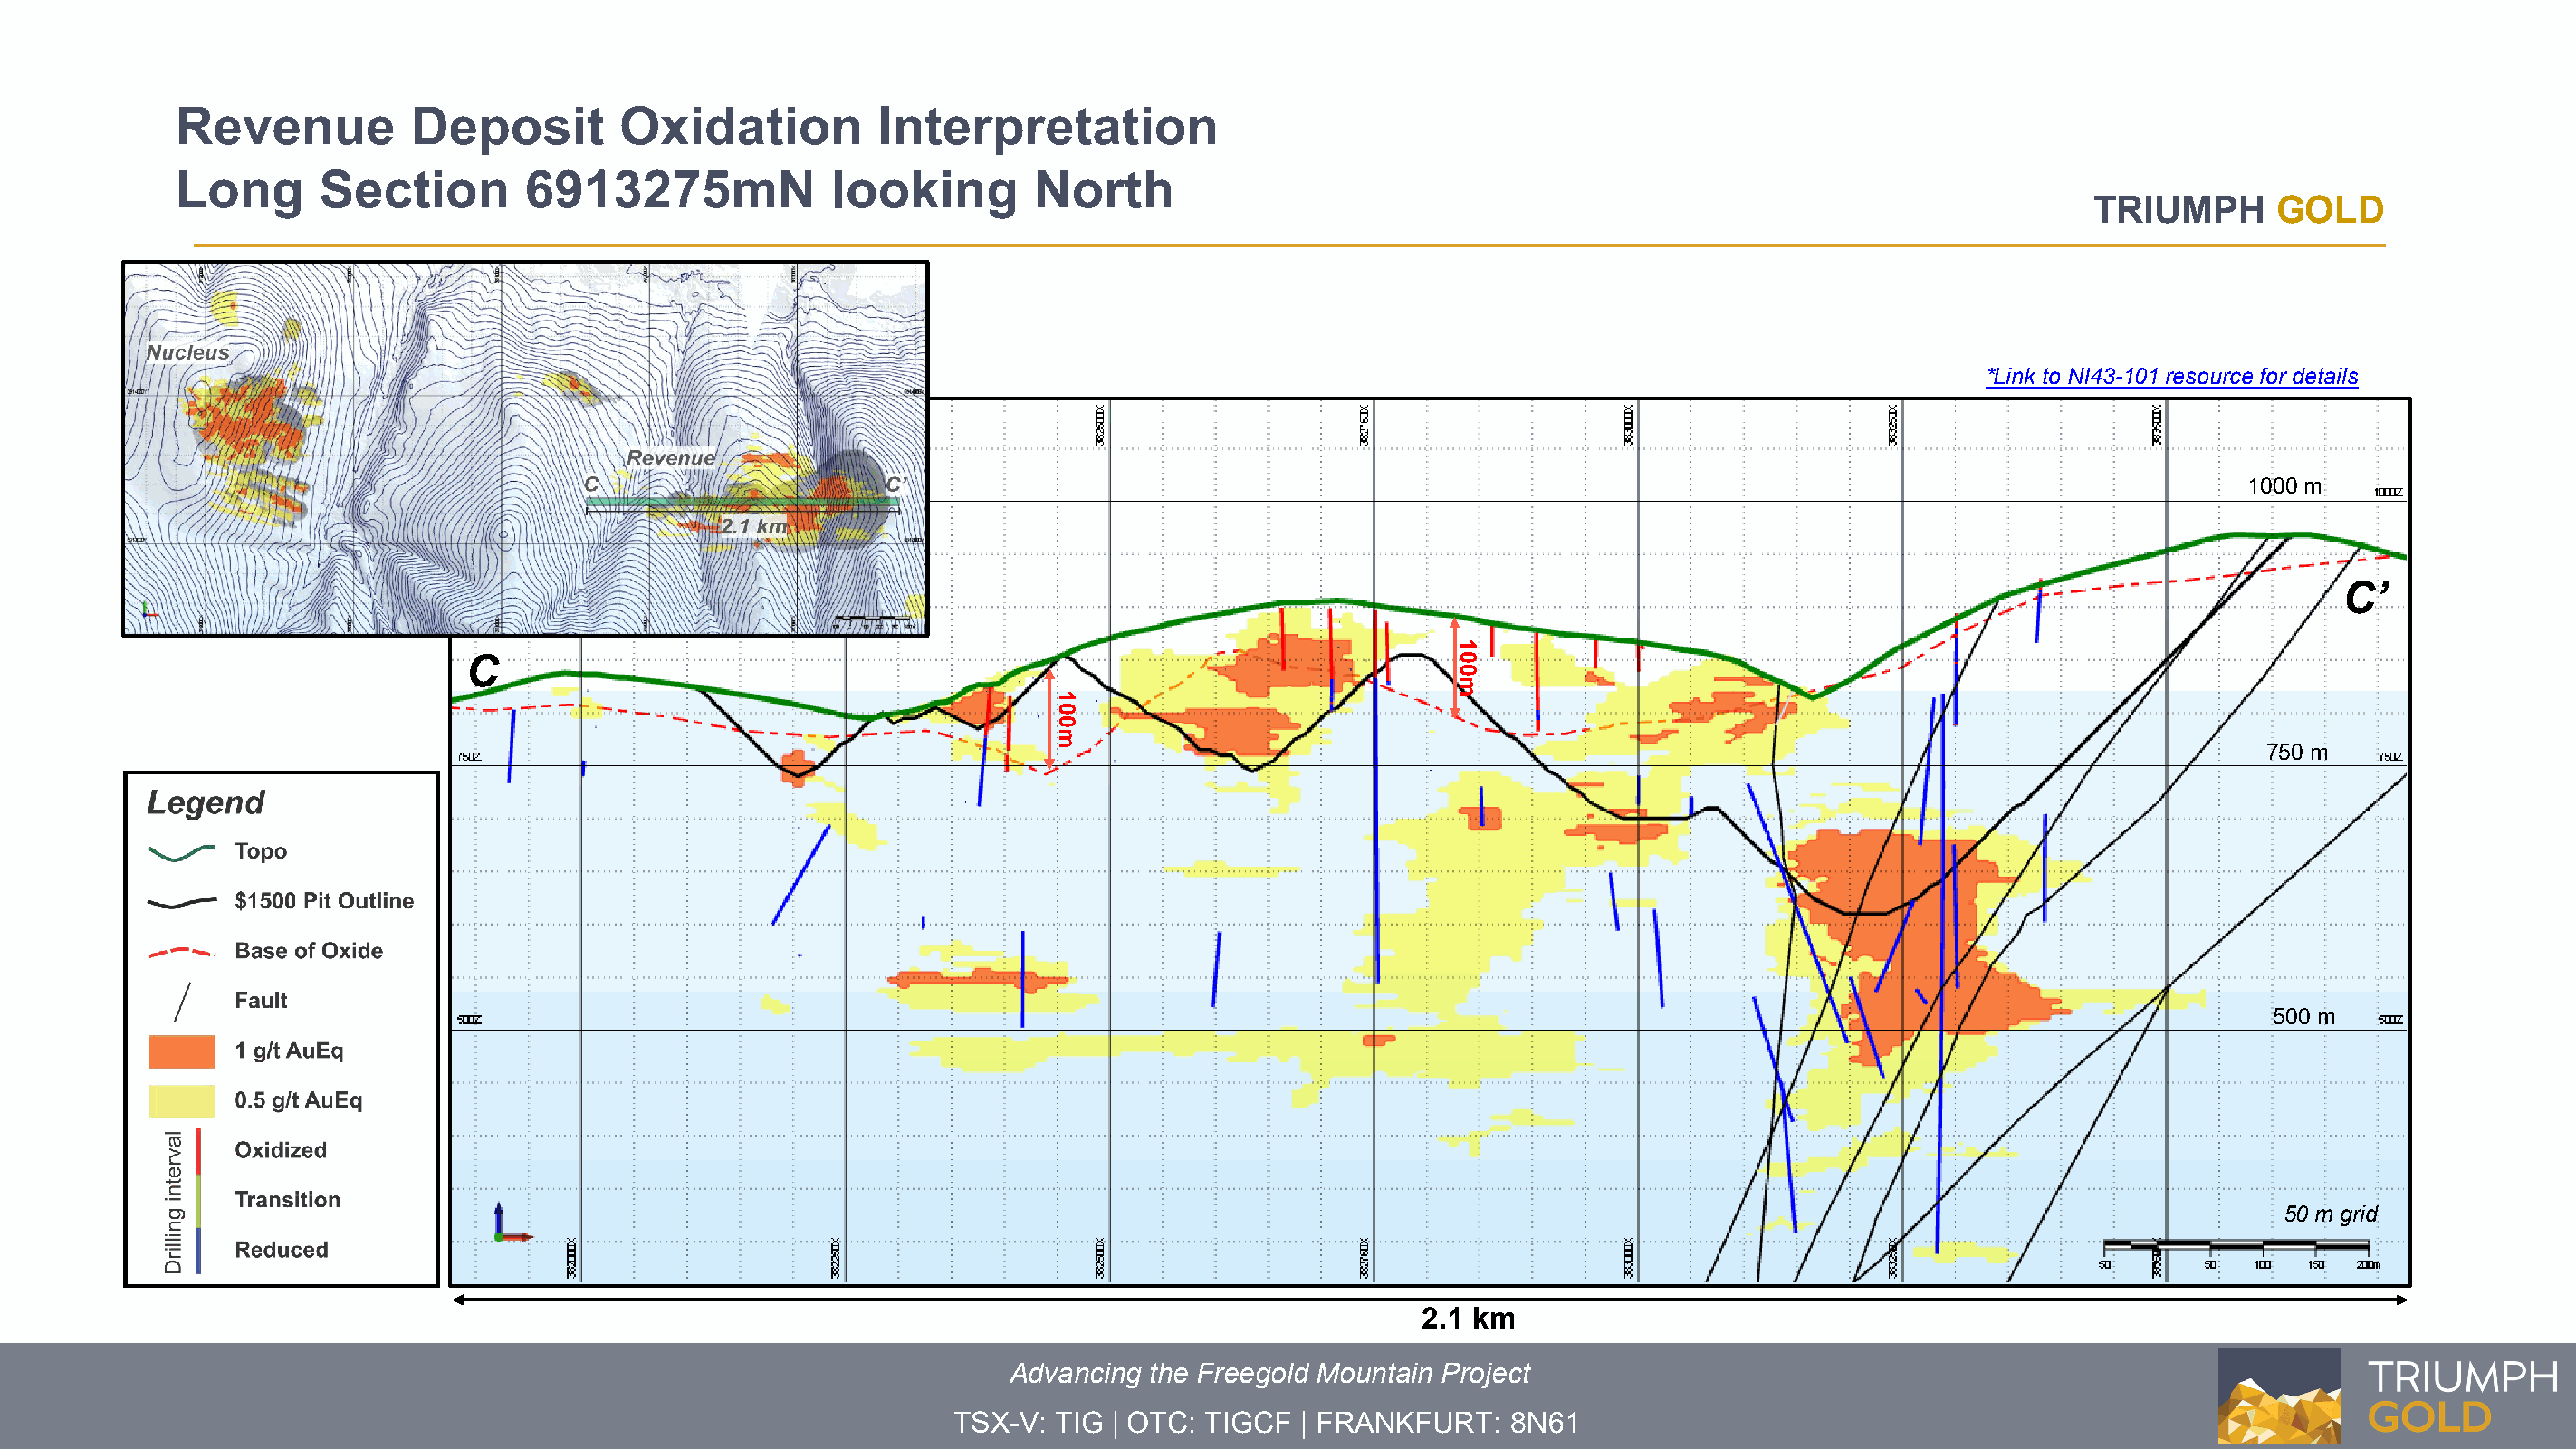
Revenue          Deposit        Oxidation          Interpretation
 Long      Section        6913275mN              looking        North
 TRIUMPH      GOLD
 *Link to NI43-101 resource for details
 1000 m
 C’
 C
 750 m
 500 m
 50 m grid
 2.1 km
 Advancing the Freegold Mountain Project
 TSX-V: TIG | OTC: TIGCF  | FRANKFURT:   8N61
 100m
 100m